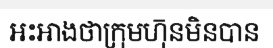
អះអាងថាក្រុមហុ៑នមិនបាន